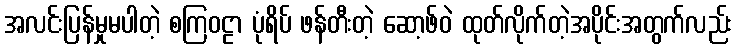
အလင်းပြန်မှုမပါတဲ့ စကြဝဠာ ပုံရိပ် ဖန်တီးတဲ့ ဆော့ဖ်ဝဲ ထုတ်လိုက်တဲ့အပိုင်းအတွက်လည်း